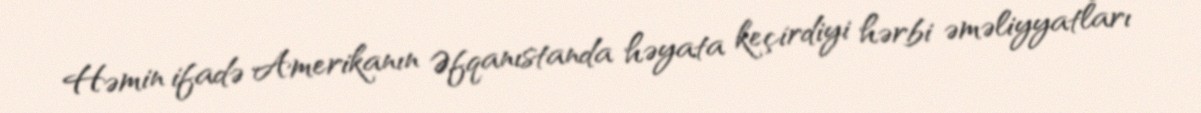
Həmin ifadə Amerikanın Əfqanıstanda həyata keçirdiyi hərbi əməliyyatları